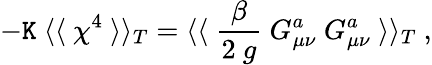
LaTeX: -\mathtt{K}~\langle\langle~\chi^{4}~\rangle\rangle_{T}=\langle\langle~\frac{{\beta}}{{2~g}}~G_{\mu\nu}^{a}~G_{\mu\nu}^{a}~\rangle\rangle_{T}~,